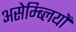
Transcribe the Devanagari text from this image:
असेम्ब्लियों